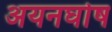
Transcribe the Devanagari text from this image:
अयनघोष